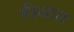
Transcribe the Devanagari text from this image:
पेंडल्टन